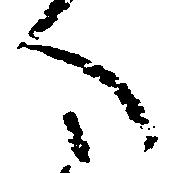
へ